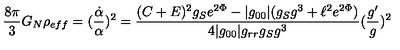
\frac { 8 \pi } { 3 } G _ { N } \rho _ { e f f } = ( \frac { \dot { \alpha } } { \alpha } ) ^ { 2 } = \frac { ( C + E ) ^ { 2 } g _ { S } e ^ { 2 \Phi } - | g _ { 0 0 } | ( g _ { S } g ^ { 3 } + \ell ^ { 2 } e ^ { 2 \Phi } ) } { 4 | g _ { 0 0 } | g _ { r r } g _ { S } g ^ { 3 } } ( \frac { g ^ { \prime } } { g } ) ^ { 2 }